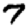
Digit: 7